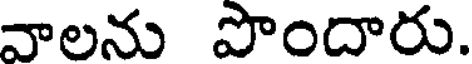
వాలను పొందారు.